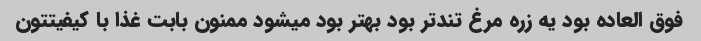
فوق العاده بود یه زره مرغ تندتر بود بهتر بود میشود ممنون بابت غذا با کیفیتتون